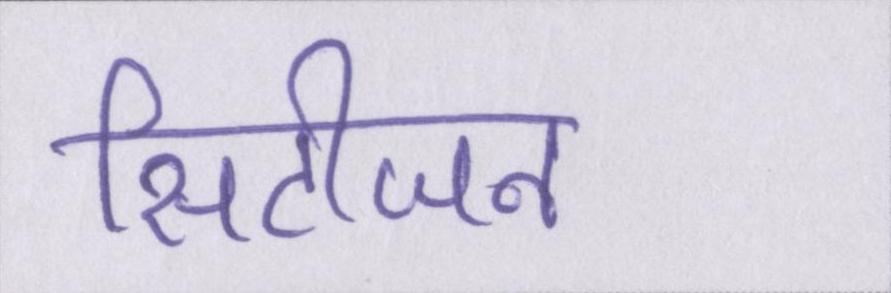
सिटीजन